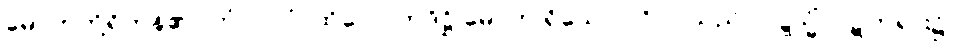
မောဟတို့ရှိကုန်၏။ တံပုဂ္ဂလံ၊ ထိုလောဘဒိဋ္ဌိ မောဟ ရှိသော ပုဂ္ဂိုလ်သည်။ ဝဋ္ဋသ္မိံ၊ ဝဋ်တရား၌။